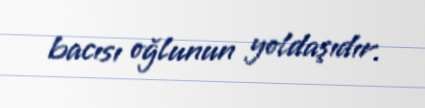
bacısı oğlunun yoldaşıdır.